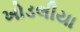
ખોડલીયા